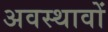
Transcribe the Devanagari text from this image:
अवस्थावों